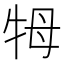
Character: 牳